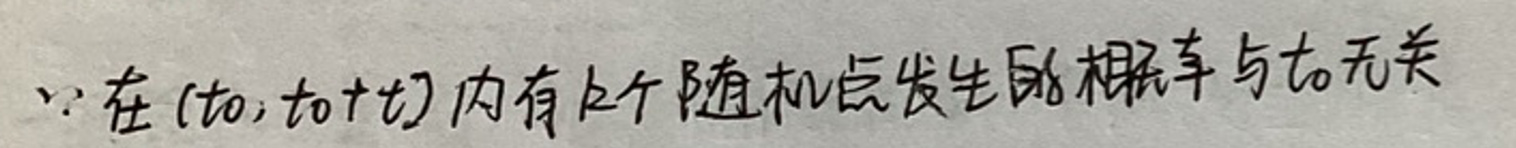
\because 在\((t_0,t_0+\Delta t)\)内有\(k\)个随机点发生的概率与\(t_0\)无关